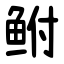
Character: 鲋